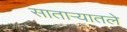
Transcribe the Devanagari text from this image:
साताऱ्यातले